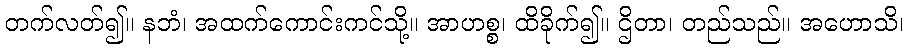
တက်လတ်၍။ နဘံ၊ အထက်ကောင်းကင်သို့။ အာဟစ္စ၊ ထိခိုက်၍။ ဌိတာ၊ တည်သည်။ အဟောသိ၊